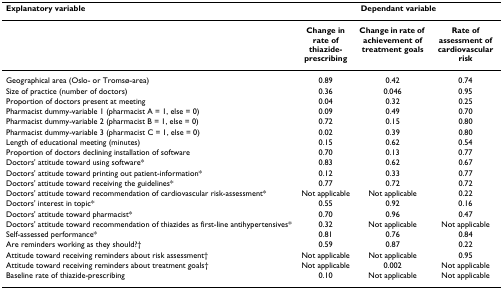
| Explanatory variable | <COLSPAN=3> Dependant variable |
 | --- | --- | --- | --- |
 |  | Change in rate of thiazide-prescribing | Change in rate of achievement of treatment goals | Rate of assessment of cardiovascular risk |
 | Geographical area (Oslo- or Tromsø-area) | 0.89 | 0.42 | 0.74 |
 | Size of practice (number of doctors) | 0.36 | 0.046 | 0.95 |
 | Proportion of doctors present at meeting | 0.04 | 0.32 | 0.25 |
 | Pharmacist dummy-variable 1 (pharmacist A = 1, else = 0) | 0.09 | 0.49 | 0.70 |
 | Pharmacist dummy-variable 2 (pharmacist B = 1, else = 0) | 0.72 | 0.15 | 0.80 |
 | Pharmacist dummy-variable 3 (pharmacist C = 1, else = 0) | 0.02 | 0.39 | 0.80 |
 | Length of educational meeting (minutes) | 0.15 | 0.62 | 0.54 |
 | Proportion of doctors declining installation of software | 0.70 | 0.13 | 0.77 |
 | Doctors' attitude toward using software* | 0.83 | 0.62 | 0.67 |
 | Doctors' attitude toward printing out patient-information* | 0.12 | 0.33 | 0.77 |
 | Doctors' attitude toward receiving the guidelines* | 0.77 | 0.72 | 0.72 |
 | Doctors' attitude toward recommendation of cardiovascular risk-assessment* | Not applicable | Not applicable | 0.22 |
 | Doctors' interest in topic* | 0.55 | 0.92 | 0.16 |
 | Doctors' attitude toward pharmacist* | 0.70 | 0.96 | 0.47 |
 | Doctors' attitude toward recommendation of thiazides as first-line antihypertensives* | 0.32 | Not applicable | Not applicable |
 | Self-assessed performance* | 0.81 | 0.76 | 0.84 |
 | Are reminders working as they should?† | 0.59 | 0.87 | 0.22 |
 | Attitude toward receiving reminders about risk assessment† | Not applicable | Not applicable | 0.95 |
 | Attitude toward receiving reminders about treatment goals† | Not applicable | 0.002 | Not applicable |
 | Baseline rate of thiazide-prescribing | 0.10 | Not applicable | Not applicable |